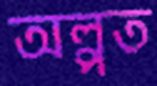
অল্পত